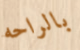
بالراحه